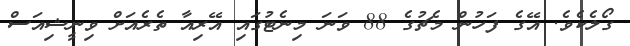
ގޯލެކެވެ. އޭގެ ފަހުން މެޗުގެ 88 ވަނަ މިނެޓުގައި އޭރިއާ ތެރެއަށް ވިނީޝިއަސް